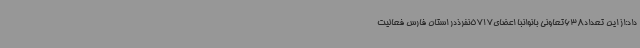
داد:از این تعداد638تعاونی بانوانبا اعضای5717نفرذدر استان فارس فعالیت